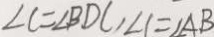
\angle C = \angle B D C , \angle 1 = \angle A B